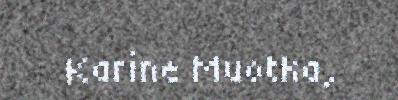
Karine Muotka,